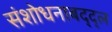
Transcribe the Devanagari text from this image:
संशोधनाबद्द्ल